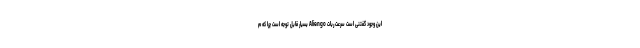
این وجود گفتنی است سرعت ربات Aliengo بسیار قابل توجه است چرا که م